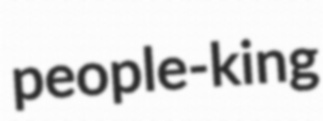
people-king